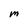
Character: m